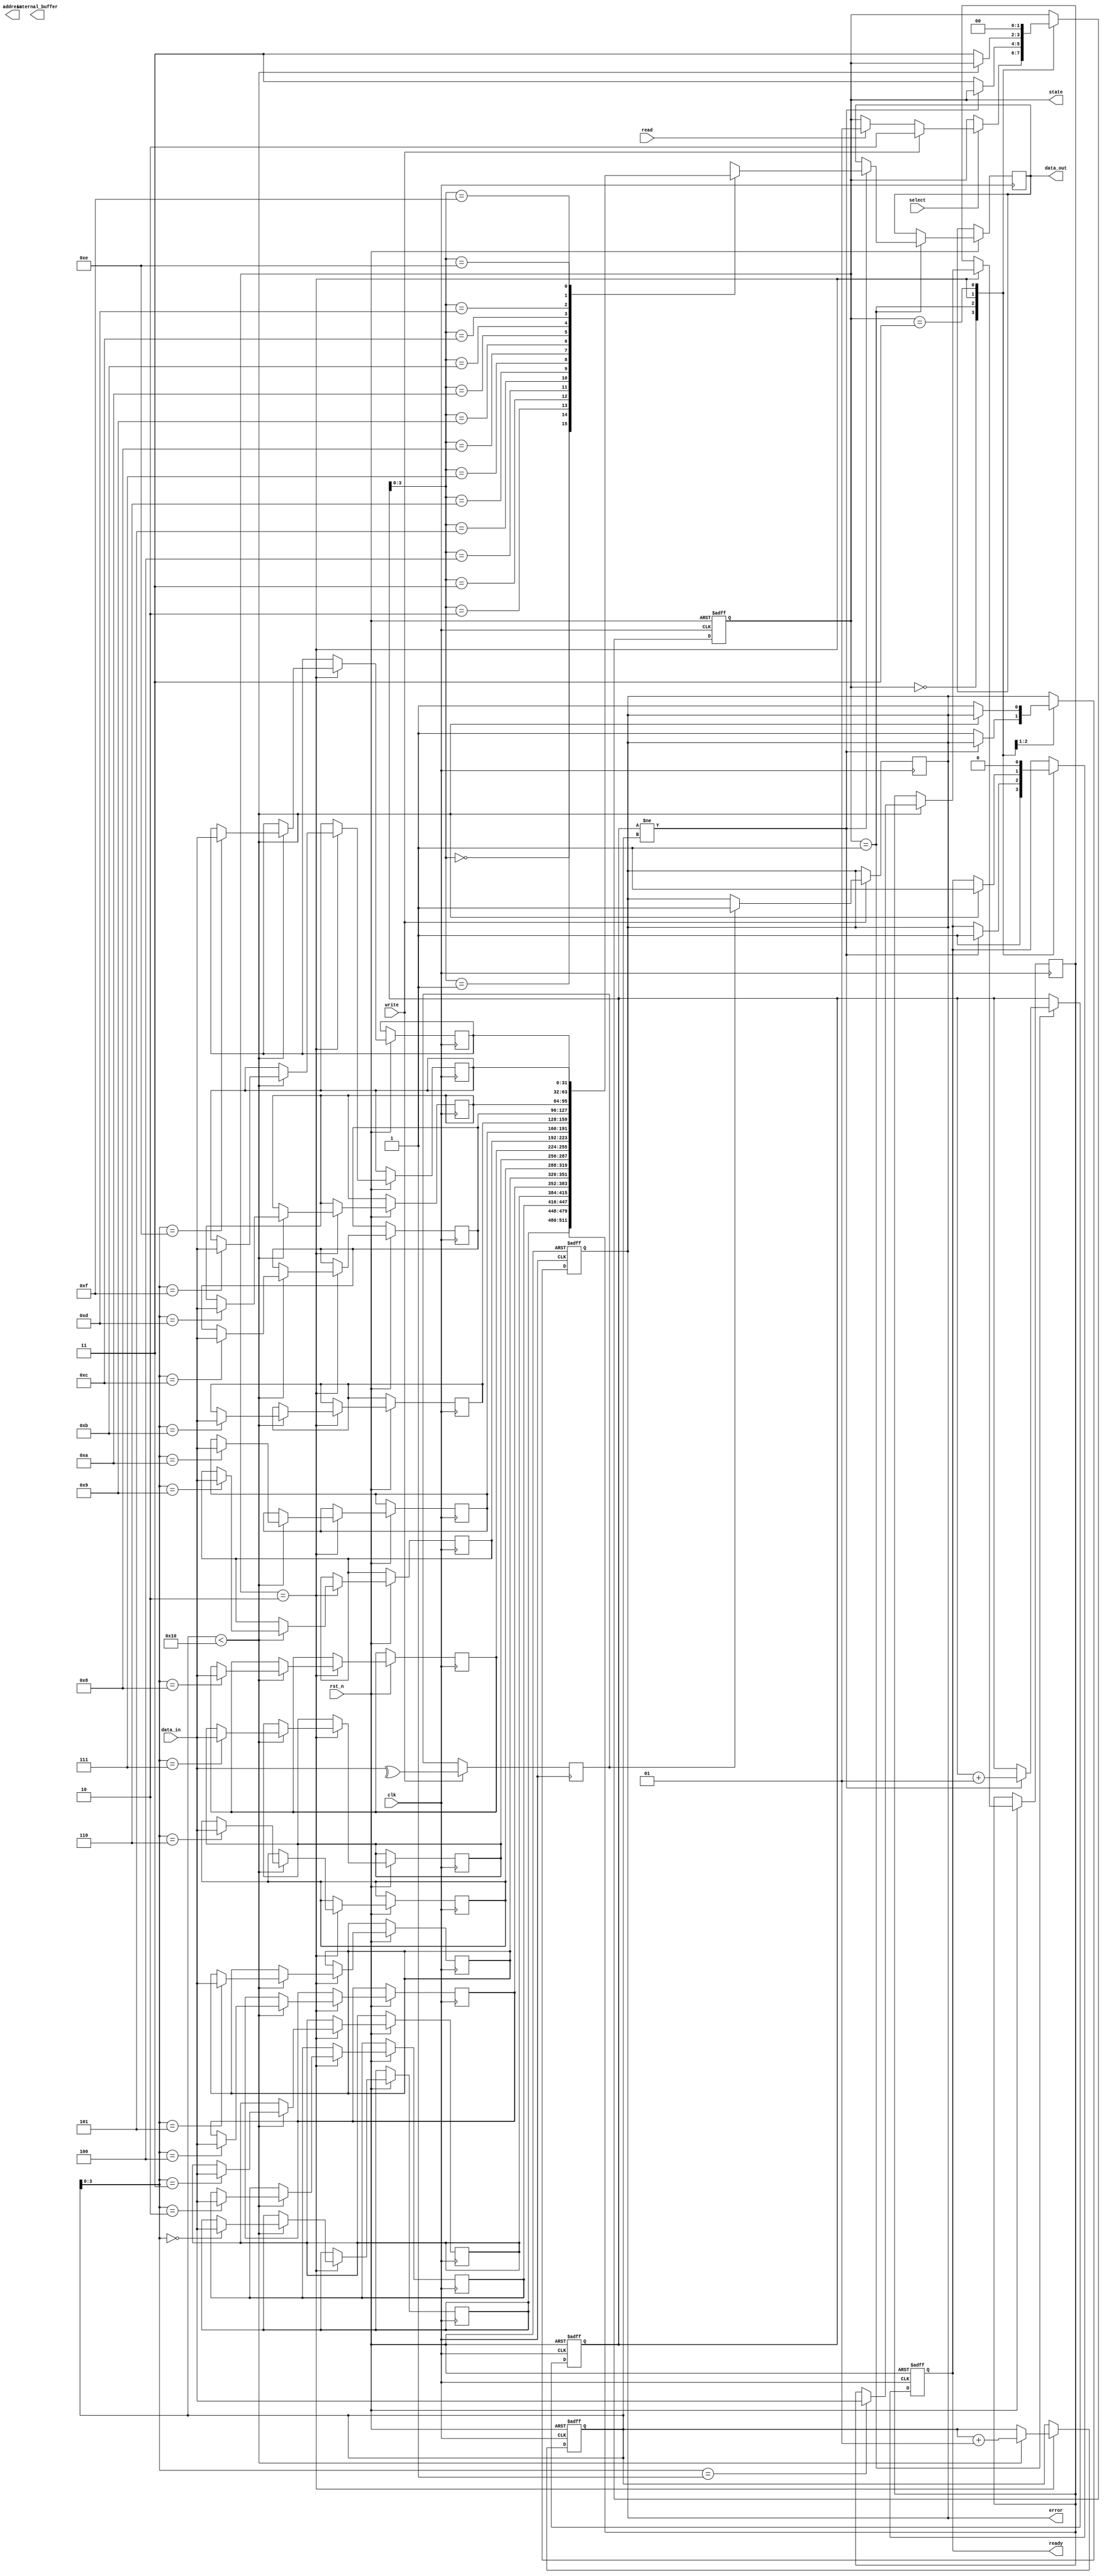
module SSD_IO_Block (
    input wire clk,                // Clock input
    input wire rst_n,              // Active low reset
    input wire [31:0] data_in,     // Data input (32 bits)
    output reg [31:0] data_out,    // Data output (32 bits)
    input wire read,               // Read control signal
    input wire write,              // Write control signal
    output reg ready,              // Ready signal
    input wire select,             // Select signal for the SSD
    output reg error,              // Error signal
    output reg [31:0] address,     // Address for memory access
    output reg [31:0] internal_buffer, // Internal buffer for data
    output reg [1:0] state         // State of the state machine
);

// State definitions
localparam IDLE = 2'b00;
localparam READ = 2'b01;
localparam WRITE = 2'b10;
localparam ERROR = 2'b11;

// FIFO buffer parameters
reg [31:0] fifo_buffer [0:15]; // Simple FIFO buffer
integer fifo_head, fifo_tail;

// Power management signals
reg power_saving_mode;

// Error detection signals
reg parity_error;

// State machine
always @(posedge clk or negedge rst_n) begin
    if (!rst_n) begin
        state <= IDLE;
        ready <= 1'b0;
        error <= 1'b0;
        fifo_head <= 0;
        fifo_tail <= 0;
        power_saving_mode <= 1'b0;
    end else begin
        case (state)
            IDLE: begin
                ready <= 1'b1;
                if (select) begin
                    if (write) begin
                        state <= WRITE;
                    end else if (read) begin
                        state <= READ;
                    end
                end
            end
            
            READ: begin
                if (fifo_head != fifo_tail) begin
                    data_out <= fifo_buffer[fifo_head];
                    fifo_head <= fifo_head + 1;
                    ready <= 1'b1;
                end else begin
                    error <= 1'b1; // No data to read
                    state <= ERROR;
                end
            end
            
            WRITE: begin
                if (fifo_tail < 16) begin
                    fifo_buffer[fifo_tail] <= data_in;
                    fifo_tail <= fifo_tail + 1;
                    ready <= 1'b1;
                end else begin
                    error <= 1'b1; // FIFO overflow
                    state <= ERROR;
                end
            end
            
            ERROR: begin
                // Handle error state
                ready <= 1'b0;
                // Error handling logic (e.g., reset FIFO, signal error)
                state <= IDLE; // Transition back to IDLE after handling
            end
            
            default: state <= IDLE;
        endcase
    end
end

// Power management logic
always @(posedge clk) begin
    if (ready) begin
        power_saving_mode <= 1'b0; // Active mode
    end else begin
        power_saving_mode <= 1'b1; // Sleep mode
    end
end

// Parity error detection (simple example)
always @(posedge clk) begin
    if (write) begin
        // Simple parity check (even parity)
        parity_error <= ^data_in; // Check parity
        if (parity_error) begin
            error <= 1'b1; // Signal error if parity check fails
        end
    end
end

endmodule